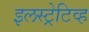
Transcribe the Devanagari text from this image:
इलस्ट्रेटिव्ह